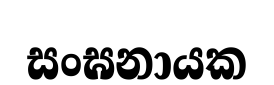
සංඝනායක